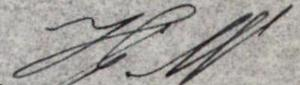
Hj. W